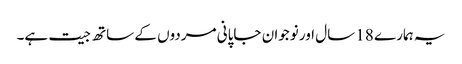
یہ ہمارے 18 سال اور نوجوان جاپانی مردوں کے ساتھ جیت ہے۔